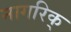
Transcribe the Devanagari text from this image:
नागरिक्